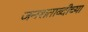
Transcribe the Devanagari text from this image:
जनशताब्दीच्या